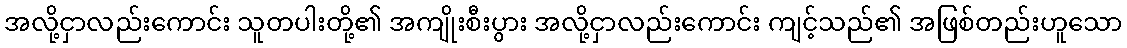
အလို့ငှာလည်းကောင်း သူတပါးတို့၏ အကျိုးစီးပွား အလို့ငှာလည်းကောင်း ကျင့်သည်၏ အဖြစ်တည်းဟူသော